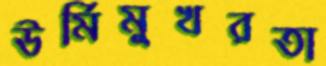
ঊর্মিমুখরতা